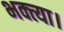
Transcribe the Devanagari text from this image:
भक्त्या।